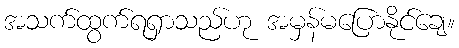
အသက်ထွက်ရရှာသည်ဟု အမှန်မပြောနိုင်ချေ။